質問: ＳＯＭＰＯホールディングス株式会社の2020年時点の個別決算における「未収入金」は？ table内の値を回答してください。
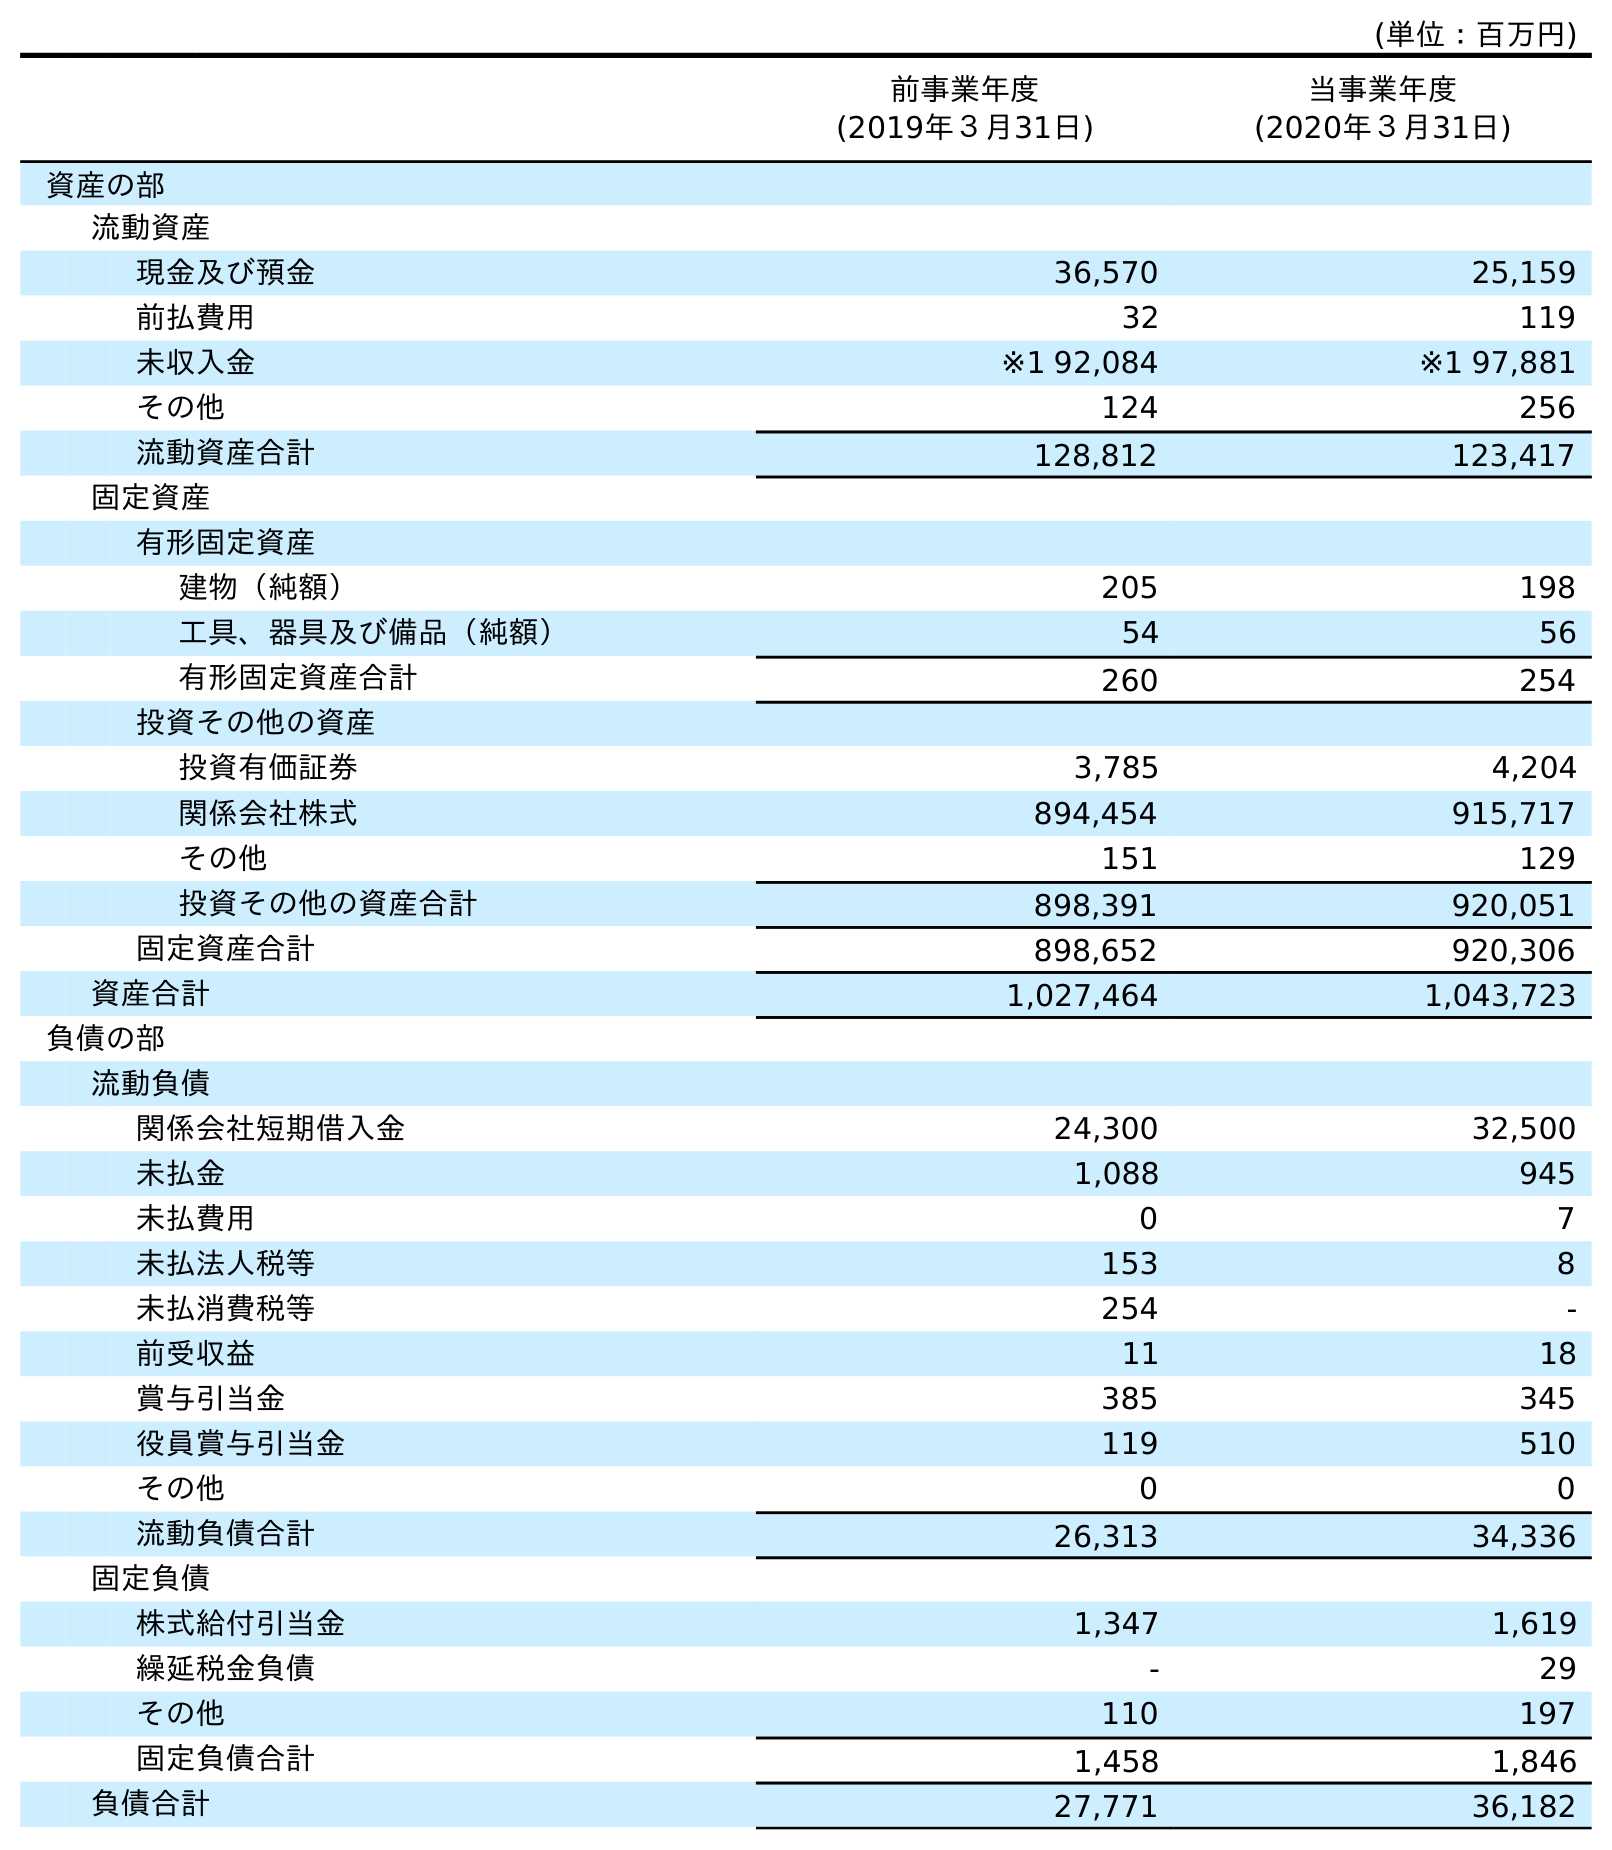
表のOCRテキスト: (単位：百万円) 前事業年度 (2019年３月31日) 当事業年度 (2020年３月31日) 資産の部 流動資産 現金及び預金 36,570 25,159 前払費用 32 119 未収入金 ※1 92,084 ※1 97,881 その他 124 256 流動資産合計 128,812 123,417 固定資産 有形固定資産 建物（純額） 205 198 工具、器具及び備品（純額） 54 56 有形固定資産合計 260 254 投資その他の資産 投資有価証券 3,785 4,204 関係会社株式 894,454 915,717 その他 151 129 投資その他の資産合計 898,391 920,051 固定資産合計 898,652 920,306 資産合計 1,027,464 1,043,723 負債の部 流動負債 関係会社短期借入金 24,300 32,500 未払金 1,088 945 未払費用 0 7 未払法人税等 153 8 未払消費税等 254 - 前受収益 11 18 賞与引当金 385 345 役員賞与引当金 119 510 その他 0 0 流動負債合計 26,313 34,336 固定負債 株式給付引当金 1,347 1,619 繰延税金負債 - 29 その他 110 197 固定負債合計 1,458 1,846 負債合計 27,771 36,182
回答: ※197,881